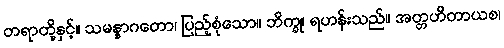
တရာတို့နှင့်။ သမန္နာဂတော၊ ပြည့်စုံသော။ ဘိက္ခု၊ ရဟန်းသည်။ အတ္တဟိတာယစ၊